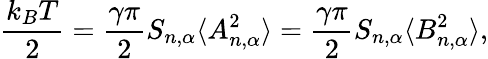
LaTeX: \frac{k_{B}T}{2}=\frac{\gamma\pi}{2}S_{n,\alpha}\langle A_{n,\alpha}^{2}\rangle=\frac{\gamma\pi}{2}S_{n,\alpha}\langle B_{n,\alpha}^{2}\rangle,